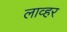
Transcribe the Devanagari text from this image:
लाव्हर